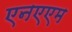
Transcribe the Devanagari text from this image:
एनएएम